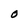
Character: O